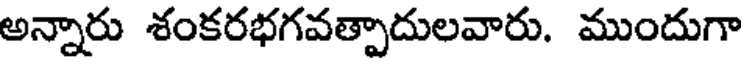
అన్నారు శంకరభగవత్పాదులవారు. ముందుగా